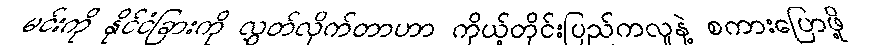
မင်းကို နိုင်ငံခြားကို လွှတ်လိုက်တာဟာ ကိုယ့်တိုင်းပြည်ကလူနဲ့ စကားပြောဖို့